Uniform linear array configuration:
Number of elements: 48
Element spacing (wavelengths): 0.5
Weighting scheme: hamming
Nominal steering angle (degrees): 0
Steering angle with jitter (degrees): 0.6157
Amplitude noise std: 0.05
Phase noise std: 0.05

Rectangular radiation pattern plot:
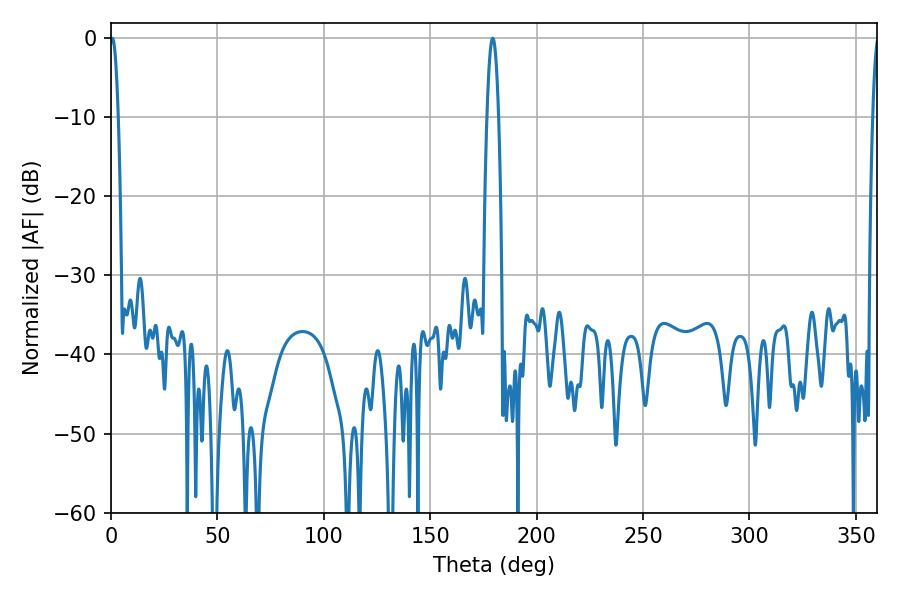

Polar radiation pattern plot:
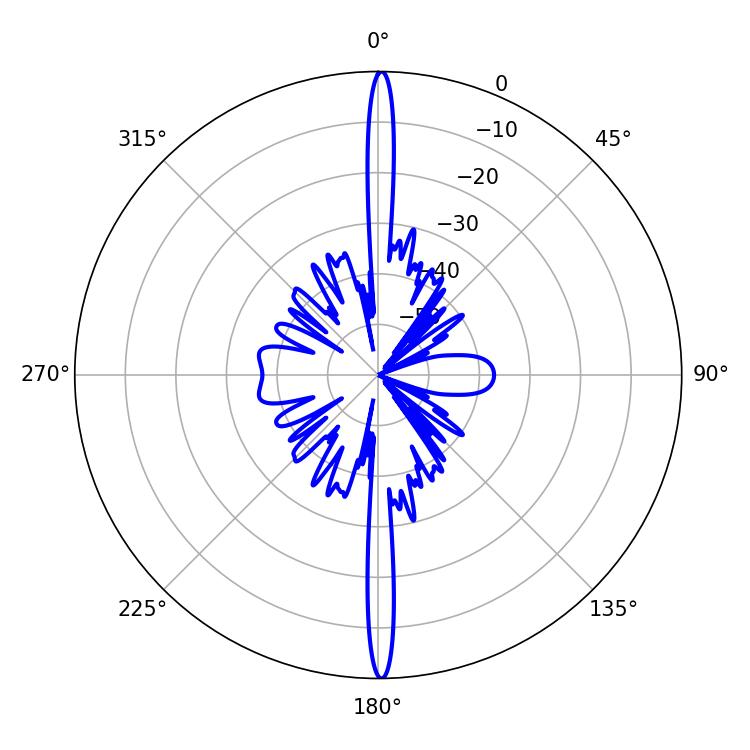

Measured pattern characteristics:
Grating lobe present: FALSE
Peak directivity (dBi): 32.334
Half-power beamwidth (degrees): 3.06
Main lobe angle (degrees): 179.28